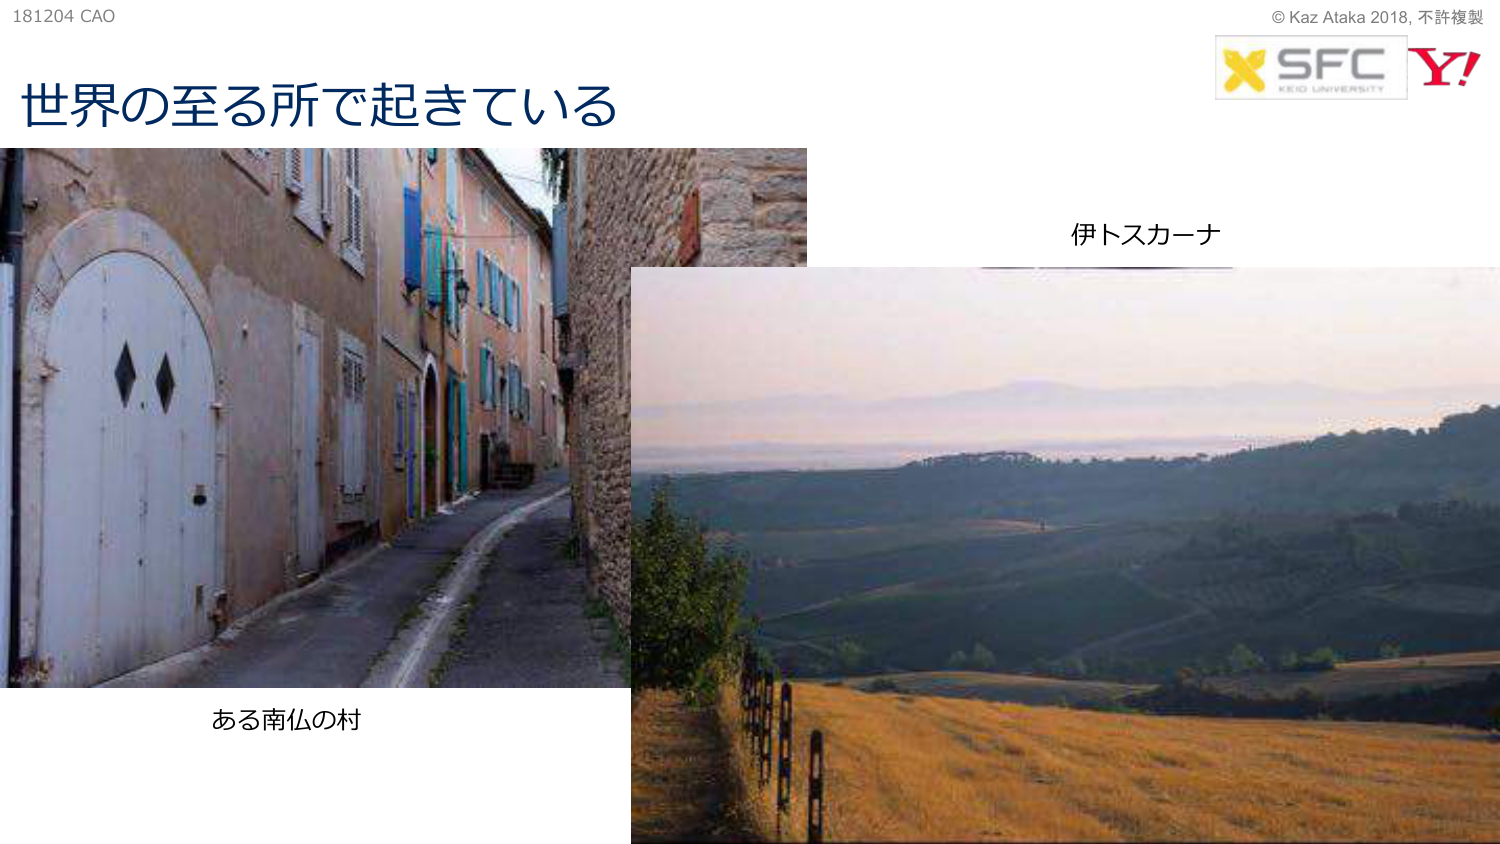
181204 CAO
世界の至る所で起きている
© Kaz Ataka 2018, 不許複製
SFC
KEIO UNIVERSITY
Y!
伊トスカーナ
ある南仏の村